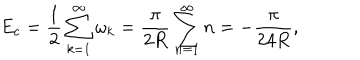
E _ { c } = \frac { 1 } { 2 } \sum _ { k = 1 } ^ { \infty } \omega _ { k } = \frac { \pi } { 2 R } \sum _ { n = 1 } ^ { \infty } n = - \frac { \pi } { 2 4 R } ,